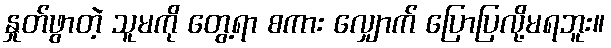
နှုတ်ဖွာတဲ့ သူမကို တွေ့ရာ စကား လျှောက် ပြောပြလို့မရဘူး။